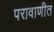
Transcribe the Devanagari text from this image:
परावाणीत